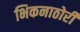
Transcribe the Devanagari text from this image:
भिकनाठोरी